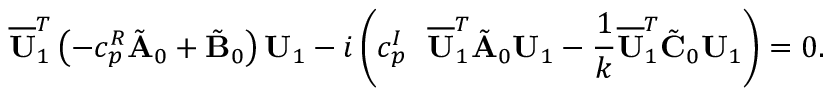
\overline { { \mathbf { U } } } _ { 1 } ^ { T } \left( - c _ { p } ^ { R } \tilde { \mathbf { A } } _ { 0 } + \tilde { \mathbf { B } } _ { 0 } \right) \mathbf { U } _ { 1 } - i \left( c _ { p } ^ { I } \ \ \overline { { \mathbf { U } } } _ { 1 } ^ { T } \tilde { \mathbf { A } } _ { 0 } \mathbf { U } _ { 1 } - \frac { 1 } { k } \overline { { \mathbf { U } } } _ { 1 } ^ { T } \tilde { \mathbf { C } } _ { 0 } \mathbf { U } _ { 1 } \right) = 0 .